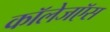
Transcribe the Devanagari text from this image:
कॉलेजऍस